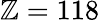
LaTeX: \mathbb{Z}=118